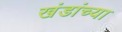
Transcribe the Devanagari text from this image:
खंडांच्‍या